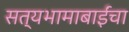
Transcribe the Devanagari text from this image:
सत्यभामाबाईंचा